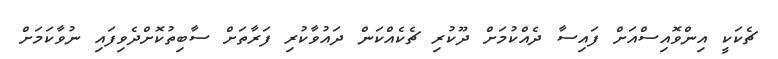
ޗެކަކީ އިންވޮއިސްއަށް ފައިސާ ދެއްކުމަށް ދޫކުރި ޗެކެއްކަން ދައުވާކުރި ފަރާތަށް ސާބިތުކޮށްދެވިފައި ނުވާކަމަށް